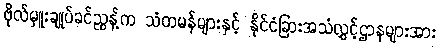
ဗိုလ်မှူးချုပ်ခင်ညွန့်က သံတမန်များနှင့် နိုင်ငံခြားအသံလွှင့်ဌာနများအား